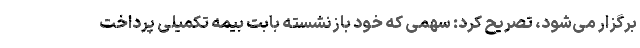
برگزار می‌شود، تصریح کرد: سهمی که خود بازنشسته بابت بیمه تکمیلی پرداخت